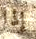
إذا